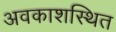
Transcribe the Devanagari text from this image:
अवकाशस्थित